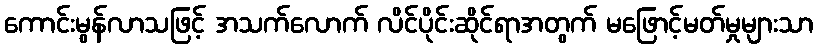
ကောင်းမွန်လာသဖြင့် အသက်လောက် လိင်ပိုင်းဆိုင်ရာအတွက် မဖြောင့်မတ်မှုများသာ